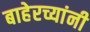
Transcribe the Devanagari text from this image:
बाहेरच्यांनी